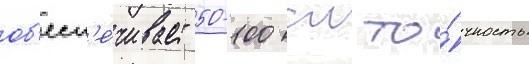
об'есп'е́чивает 50-100 см то́чность